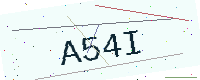
Text: A54I